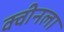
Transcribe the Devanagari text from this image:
क्वीनला